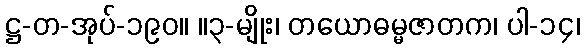
ဋ္ဌ-တ-အုပ်-၁၉၀။ ။၃-မျိုး၊ တယောဓမ္မဇာတက၊ ပါ-၁၄၊